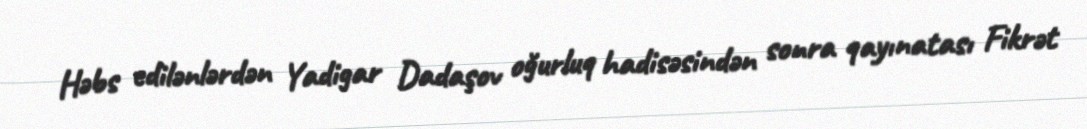
Həbs edilənlərdən Yadigar Dadaşov oğurluq hadisəsindən sonra qayınatası Fikrət